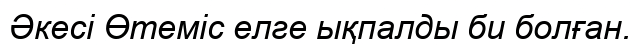
Әкесі Өтеміс елге ықпалды би болған.